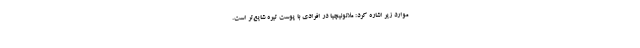
موارد زیر اشاره کرد: ملانونیچیا در افرادی با پوست تیره شایع‌تر است.